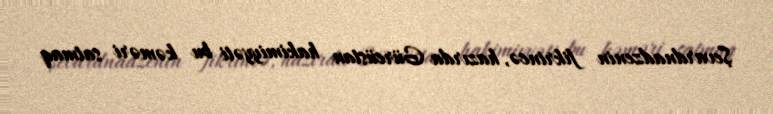
Şevardnadzenin fikrincə, hazırda Gürcüstan hakimiyyəti bu kəməri satmaq